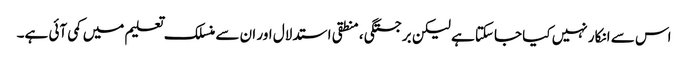
اس سے انکار نہیں کیا جاسکتا ہے لیکن برجستگی ، منطقی استدلال اور ان سے منسلک تعلیم میں کمی آئی ہے۔